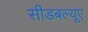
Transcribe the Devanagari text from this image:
सीडबल्यूए